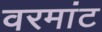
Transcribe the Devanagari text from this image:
वरमांट